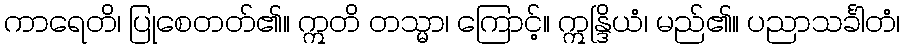
ကာရေတိ၊ ပြုစေတတ်၏။ ဣတိ တသ္မာ၊ ကြောင့်။ ဣန္ဒြိယံ၊ မည်၏။ ပညာသင်္ခါတံ၊